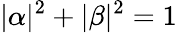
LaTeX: |\alpha|^{2}+|\beta|^{2}=1